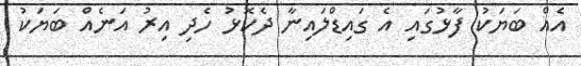
އެއް ބަޔަކު ފާޅުގައި އެ ގައިޑްލައިނާ ދެކޮޅު ހެދި އިރު އަނެއް ބަޔަކު